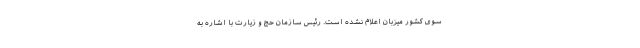
سوی کشور میزبان اعلام نشده است. رئیس سازمان حج و زیارت با اشاره به